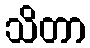
သိတာ